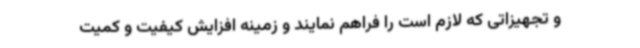
و تجهیزاتی که لازم است را فراهم نمایند و زمینه افزایش کیفیت و کمیت